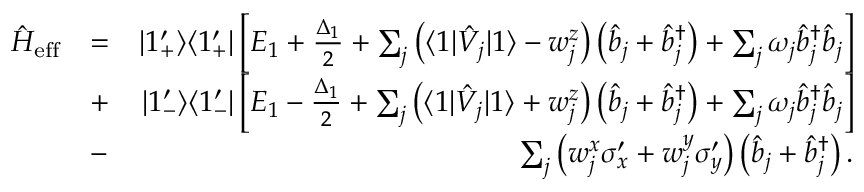
\begin{array} { r l r } { \hat { H } _ { \mathrm { e f f } } } & { = } & { | 1 _ { + } ^ { \prime } \rangle \langle 1 _ { + } ^ { \prime } | \left[ E _ { 1 } + \frac { \Delta _ { 1 } } { 2 } + \sum _ { j } \left( \langle 1 | \hat { V } _ { j } | 1 \rangle - w _ { j } ^ { z } \right) \left( \hat { b } _ { j } + \hat { b } _ { j } ^ { \dagger } \right) + \sum _ { j } \omega _ { j } \hat { b } _ { j } ^ { \dagger } \hat { b } _ { j } \right] } \\ & { + } & { | 1 _ { - } ^ { \prime } \rangle \langle 1 _ { - } ^ { \prime } | \left[ E _ { 1 } - \frac { \Delta _ { 1 } } { 2 } + \sum _ { j } \left( \langle 1 | \hat { V } _ { j } | 1 \rangle + w _ { j } ^ { z } \right) \left( \hat { b } _ { j } + \hat { b } _ { j } ^ { \dagger } \right) + \sum _ { j } \omega _ { j } \hat { b } _ { j } ^ { \dagger } \hat { b } _ { j } \right] } \\ & { - } & { \sum _ { j } \left( w _ { j } ^ { x } \sigma _ { x } ^ { \prime } + w _ { j } ^ { y } \sigma _ { y } ^ { \prime } \right) \left( \hat { b } _ { j } + \hat { b } _ { j } ^ { \dagger } \right) . } \end{array}